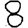
Digit: 8